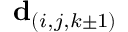
\mathbf { d } _ { ( i , j , k \pm 1 ) }